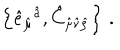
\left\{ \hat { e } _ { \hat { \mu } } { } ^ { \hat { a } } , \hat { C } _ { \hat { \mu } \hat { \nu } \hat { \rho } } \right\} \, .